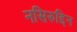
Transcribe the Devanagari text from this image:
नसिरुद्दिन